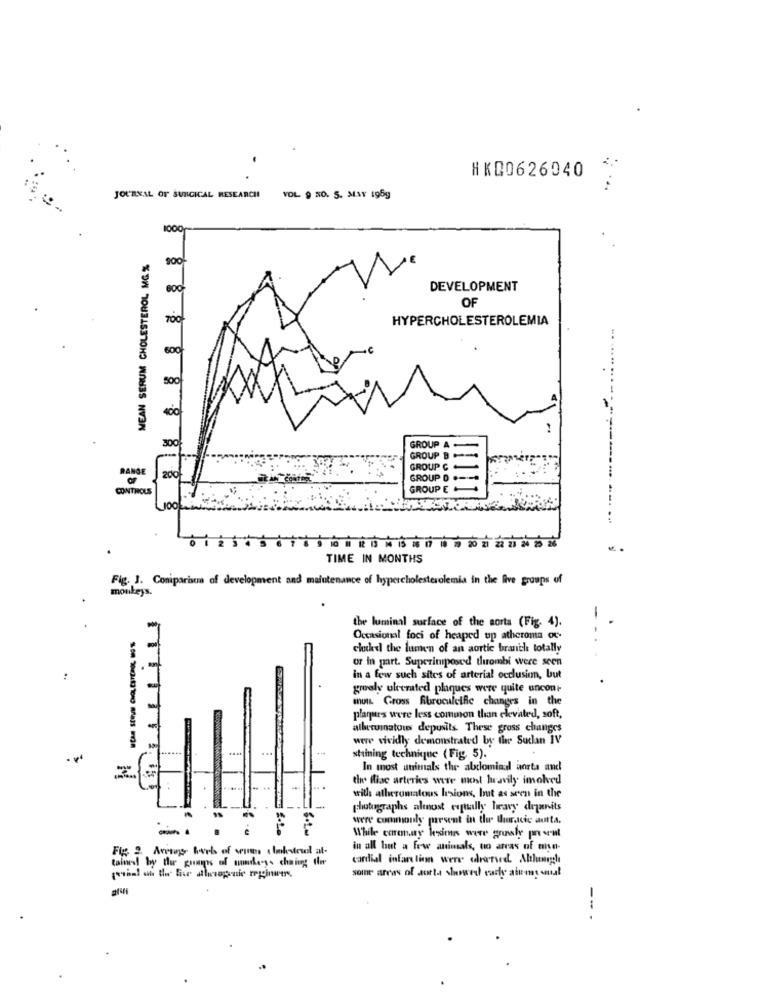
HKQ0626040
JOURNAL OF SURGICAL RESEARCH
YOL 9 50. 5. MAY 1969
1000
MEAN SERUM CHOLESTEROL MG %
8
DEVELOPMENT
OF
700
HYPERCHOLESTEROLEMIA
600
.. ....
500
GROUP A
GROUP B
GROUP C
MANGE
20℃
GROUP D
CONTROLS
GROUP E
Lool
20
TIME IN MONTHS
Fig. J. Coniparista of development and
maintenance of hypercholesterolemia in the five groups of
monkeys.
the luminal surface of the sorta (Fig. 4).
Occasional foci of heaped up atheroma or-
IT
chukd the lumen of an aortic branch totally
or in part. Superimposed thrombi were seen
in a few such sites of arterial occlusion, but
groely ulcerated plaques were quite uncont
muIL Gross fibrocalcific changes in the
plarpurs were less common than elevated, soft,
alberumatous deposits. These gross changes
were vividly demonstrated by the Suclan IV
stemning technique (Fig 5).
In most animals the abdomiad aorta and
the flise arteries were most luravily imokved
with allerumatous lesions, but as seen in the
photographs almost equally heavy depenits
were commonly present in the thoracic autta.
While coronay bains wire grush peut
in all but a few animals, to arras of msn-
tained by tur goonps of nundleys chaingg there
cardial infarelion were adversed. Allumezch
some areas of aorta showed carly atu-my wual
--.